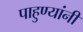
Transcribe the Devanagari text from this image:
पाहुण्यांनी